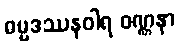
ဓမ္မဒဿနဝါရ ဝဏ္ဏနာ